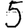
Digit: 5